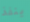
ينفذ